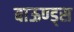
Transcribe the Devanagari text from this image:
बाऊण्ड्स